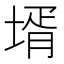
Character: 壻